Statistics compiled by the Government of India from the reports of provincial Civil Veterinary Departments
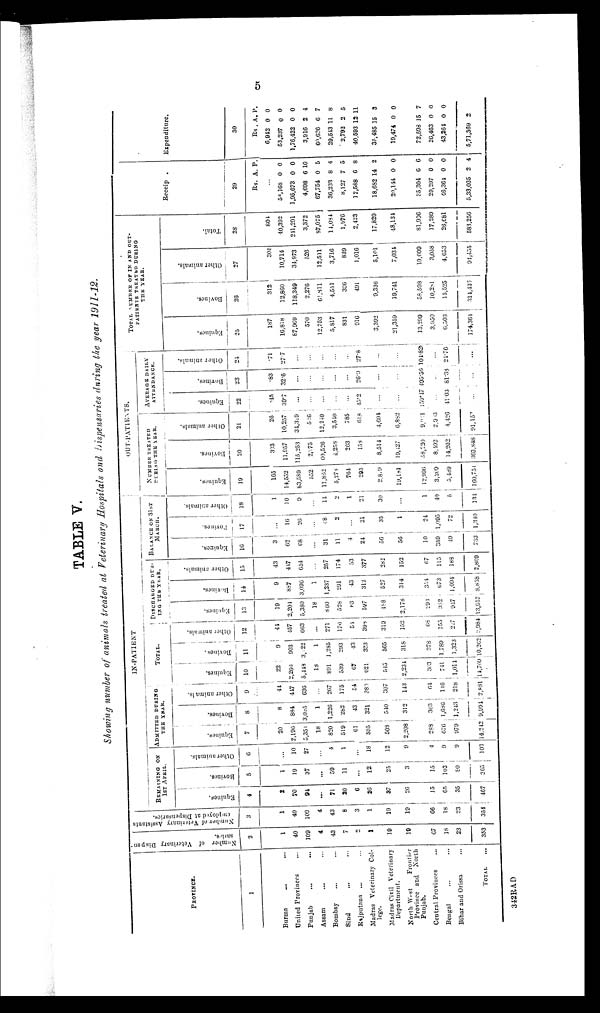
5
TABLE V.
Showing number of animals treated at Veterinary Hospitals and Dispensaries during the year 1911-12.
PROVINCE.
1
Burma ... ...
United Provinces ...
Punjab ... ...
Assam ... ...
Bombay ... ...
Sind ... ...
Rajputana ... ...
Madras Veterinary Col-
lege.
Madras Civil Veterinary
Department.
North-West
Frontier
Province and North
Punjab.
Central Provinces ...
Bengal ... ...
Bihar and Orissa ...
TOTAL ...
Number of Veterinary Dispen-
saries.
2
1
40
109
4
43
7
2
1
19
19
67
18
23
353
Number of Veterinary Assistants
employed at Dispensaries.
3
1
40
109
4
43
8
3
1
19
19
66
18
23
354
IN-PATIENT
REMAINING
ON
1ST APRIL.
Equines.
4
2
70
94
...
71
20
6
26
37
26
45
65
35
467
Bovines.
5
1
19
37
...
59
11
...
12
25
3
45
103
80
365
Other animals.
6
...
10
27
...
4
1
...
18
12
9
4
9
9
103
ADMITTED
DURING
THE YEAR.
Equines.
7
20
2,196
5,354
18
820
519
61
595
508
2,208
288
676
979
14,242
Bovines.
8
8
884
3,085
1
1,226
282
43
321
540
312
353
1,686
1,243
9,994
Other animals.
9
44
417
636
...
257
175
54
380
307
143
64
146
218
2,881
TOTAL.
Equines.
10
22
2,200
5,448
18
891
539
67
621
545
2,234
303
741
1,014
14,709
Bovines.
11
9
903
3,422
1
1,285
293
43
333
565
318
378
1,789
1,323
10,262
Other animals.
12
44
457
663
...
271
176
54
398
319
152
68
155
217
2,984
DISCHARGED DUR-
ING THE YEAR.
Equines.
13
19
2,204
5,380
18
860
528
63
597
488
2,178
293
382
947
13,957
Bovines.
14
9
887
3,096
1
1,237
291
43
312
527
314
354
673
1,094
3,838
Other animals.
15
43
447
654
...
257
174
53
377
282
152
67
115
188
2,809
BALANCE ON 31ST
MARCH.
Equines.
16
3
62
68
...
31
11
4
24
56
56
10
359
49
733
Bovines.
17
...
16
26
...
48
2
...
21
35
1
24
1,095
72
1,340
Other animals.
18
1
10
9
...
14
2
1
21
30
...
1
40
5
134
OUT-PATIENTS.
NUMBER
TREATED
DURING
THE YEAR.
Equines.
19
185
14,552
83,589
552
11,862
5,278
764
295
2,819
19,181
12,996
3,209
5,489
160,751
Bovines.
20
303
11,957
115,253
2,275
69,526
4,258
263
158
8,514
19,127
58,220
8,492
14,202
303,848
Other animals.
21
26
10,257
34,319
526
12,240
3,540
785
618
4,694
6,882
9,911
2,903
4,426
91,157
AVERAGE DAILY
ATTENDANCE.
Equines.
22
.45
39.7
...
...
...
...
...
45.2
...
...
159.47
...
41.03
...
Bovines.
23
.83
32.6
...
...
...
...
...
26.9
...
...
495.56
...
81.38
...
Other animals.
24
.71
27.7
...
...
...
...
...
27.8
...
...
104.82
...
24.76
...
TOTAL
NUMBER
OF
IN
AND
OUT-
PATIENTS TREATED DURING
THE YEAR.
Equines.
25
187
16,818
87,969
570
12,753
5,817
831
916
3,392
21,359
13,299
3,950
6,503
174,361
Bovines.
26
312
12,860
118,349
2,276
61,811
4,551
306
491
9,336
19,741
58,598
10,281
15,525
314,437
Other animals.
27
305
10,714
34,973
526
12,511
3,716
839
4,016
5,101
7,034
10,009
3,058
4,653
94,455
Total.
28
804
40,392
241,291
3,372
87,075
14,084
1,976
2,423
17,829
48,134
81,906
17,289
26,681
583,256
Receip .
29
Rs.
...
58,168
1,95,673
4,698
67,754
36,233
8,127
12,588
18,682
20,144
35,304
29,297
46,364
5,33,035
A.
0
0
6
0
8
7
6
14
0
6
0
0
2
P.
0
0
10
5
4
5
8
2
0
6
0
0
4
Expenditure.
30
Rs.
6,942
53,237
1,76,422
3,916
60,636
29,543
2,792
40,593
35,485
19,474
72,598
26,463
43,264
5,71,369
A.
0
0
0
2
6
11
2
12
15
0
15
0
0
2
P.
0
0
0
4
7
8
5
11
3
0
7
0
0
342RAD